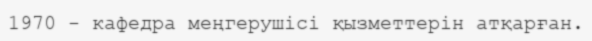
1970 - кафедра меңгерушісі қызметтерін атқарған.